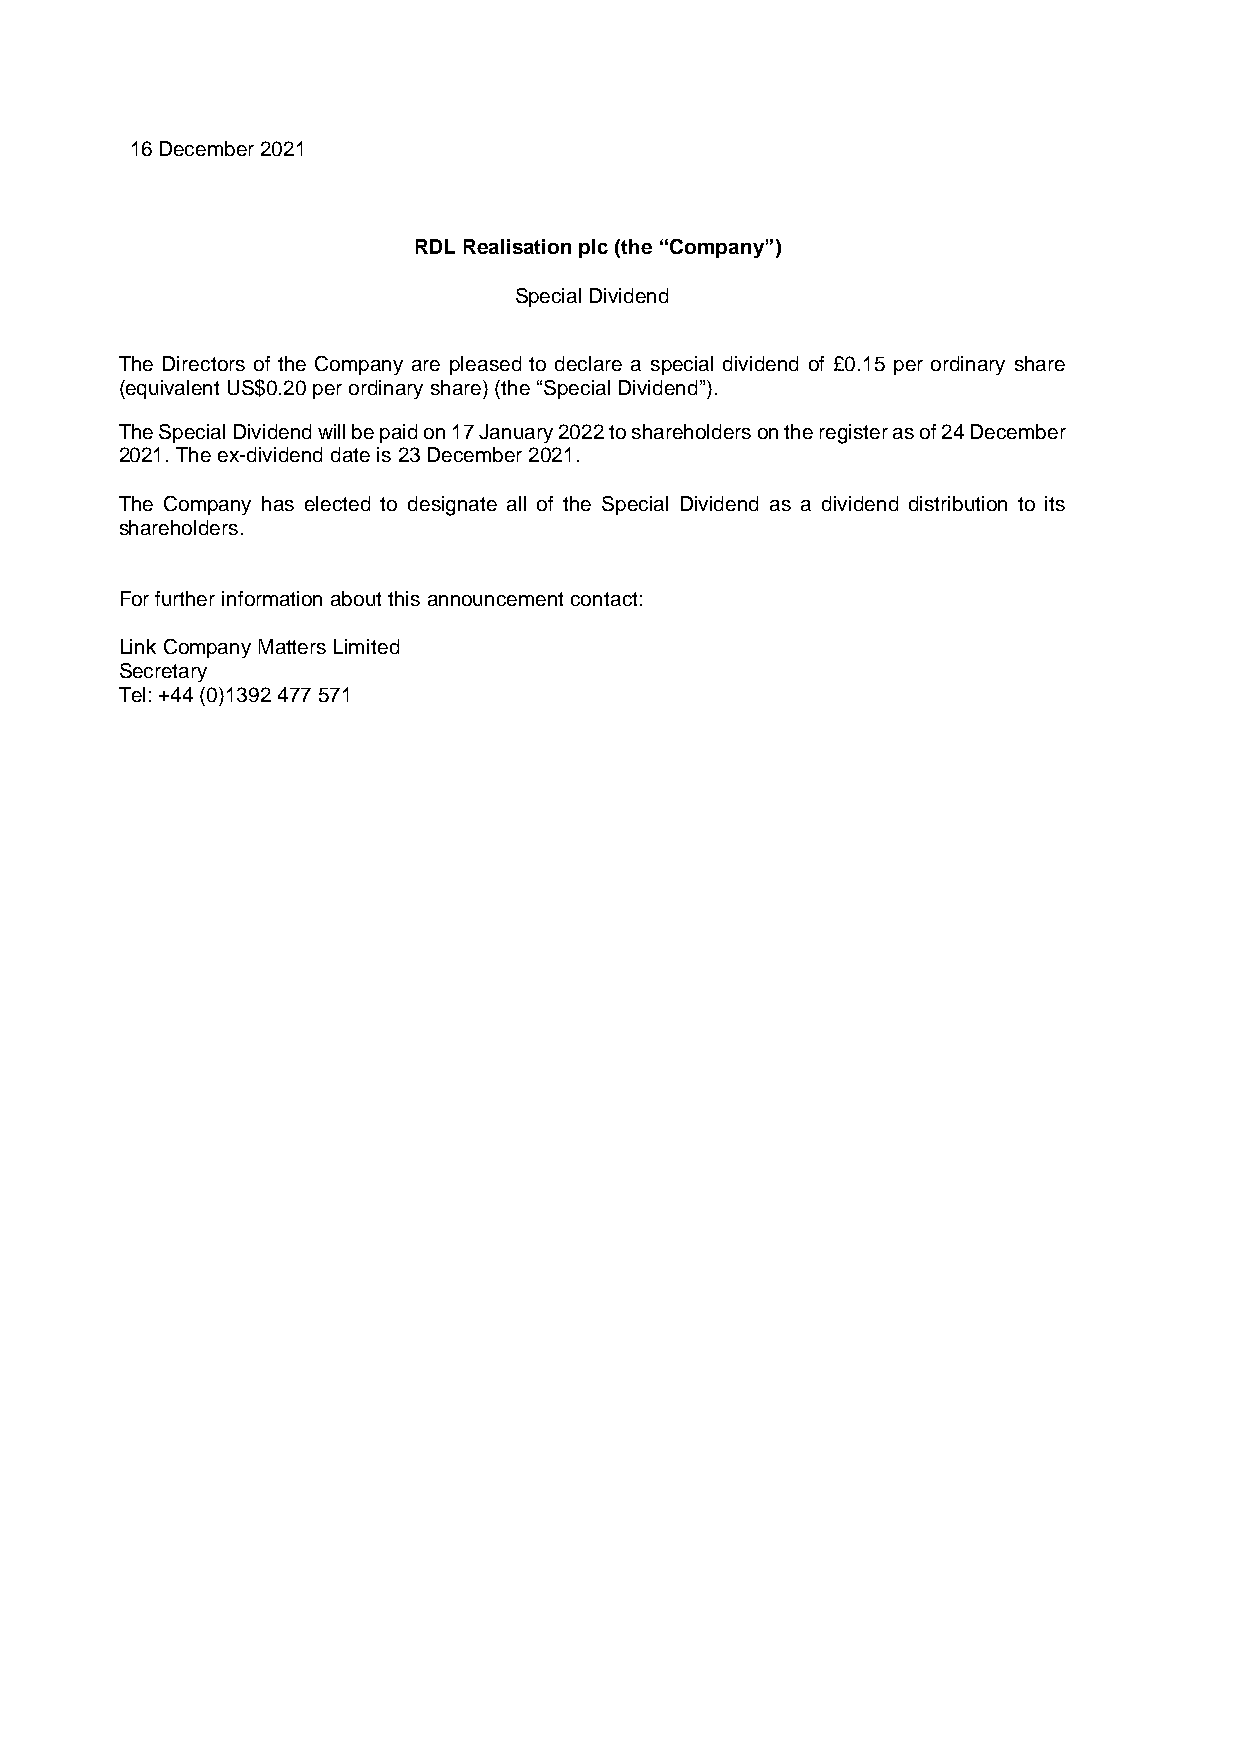
16 December 2021
 RDL Realisation plc (the “Company”)
 Special Dividend
 The Directors of the Company are pleased to declare a special dividend of £0.15 per ordinary share
 (equivalent US$0.20 per ordinary share) (the “Special Dividend”).
 The Special Dividend will be paid on 17 January 2022 to shareholders on the register as of 24 December
 2021. The ex-dividend date is 23 December 2021.
 The Company has elected to designate all of the Special Dividend as a dividend distribution to its
 shareholders.
 For further information about this announcement contact:
 Link Company Matters Limited
 Secretary
 Tel: +44 (0)1392 477 571